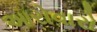
આરોવારો